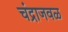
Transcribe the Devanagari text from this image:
चंद्राजवळ